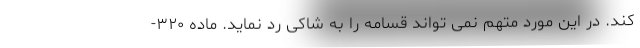
کند. در این مورد متهم نمی تواند قسامه را به شاکی رد نماید. ماده ۳۲۰-